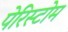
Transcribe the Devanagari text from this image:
पेरिस्टोम